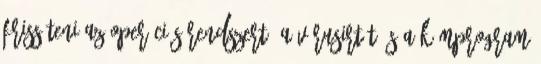
frissíteni az operációs rendszert, a vírusirtót és a kémprogram